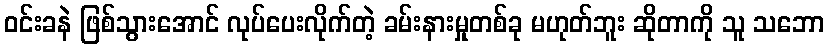
ဝင်းခနဲ ဖြစ်သွားအောင် လုပ်ပေးလိုက်တဲ့ ခမ်းနားမှုတစ်ခု မဟုတ်ဘူး ဆိုတာကို သူ သဘော